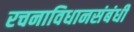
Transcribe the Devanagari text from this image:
रचनाविधानसंबंधी